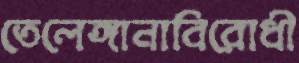
তেলেঙ্গানাবিরোধী